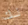
لك